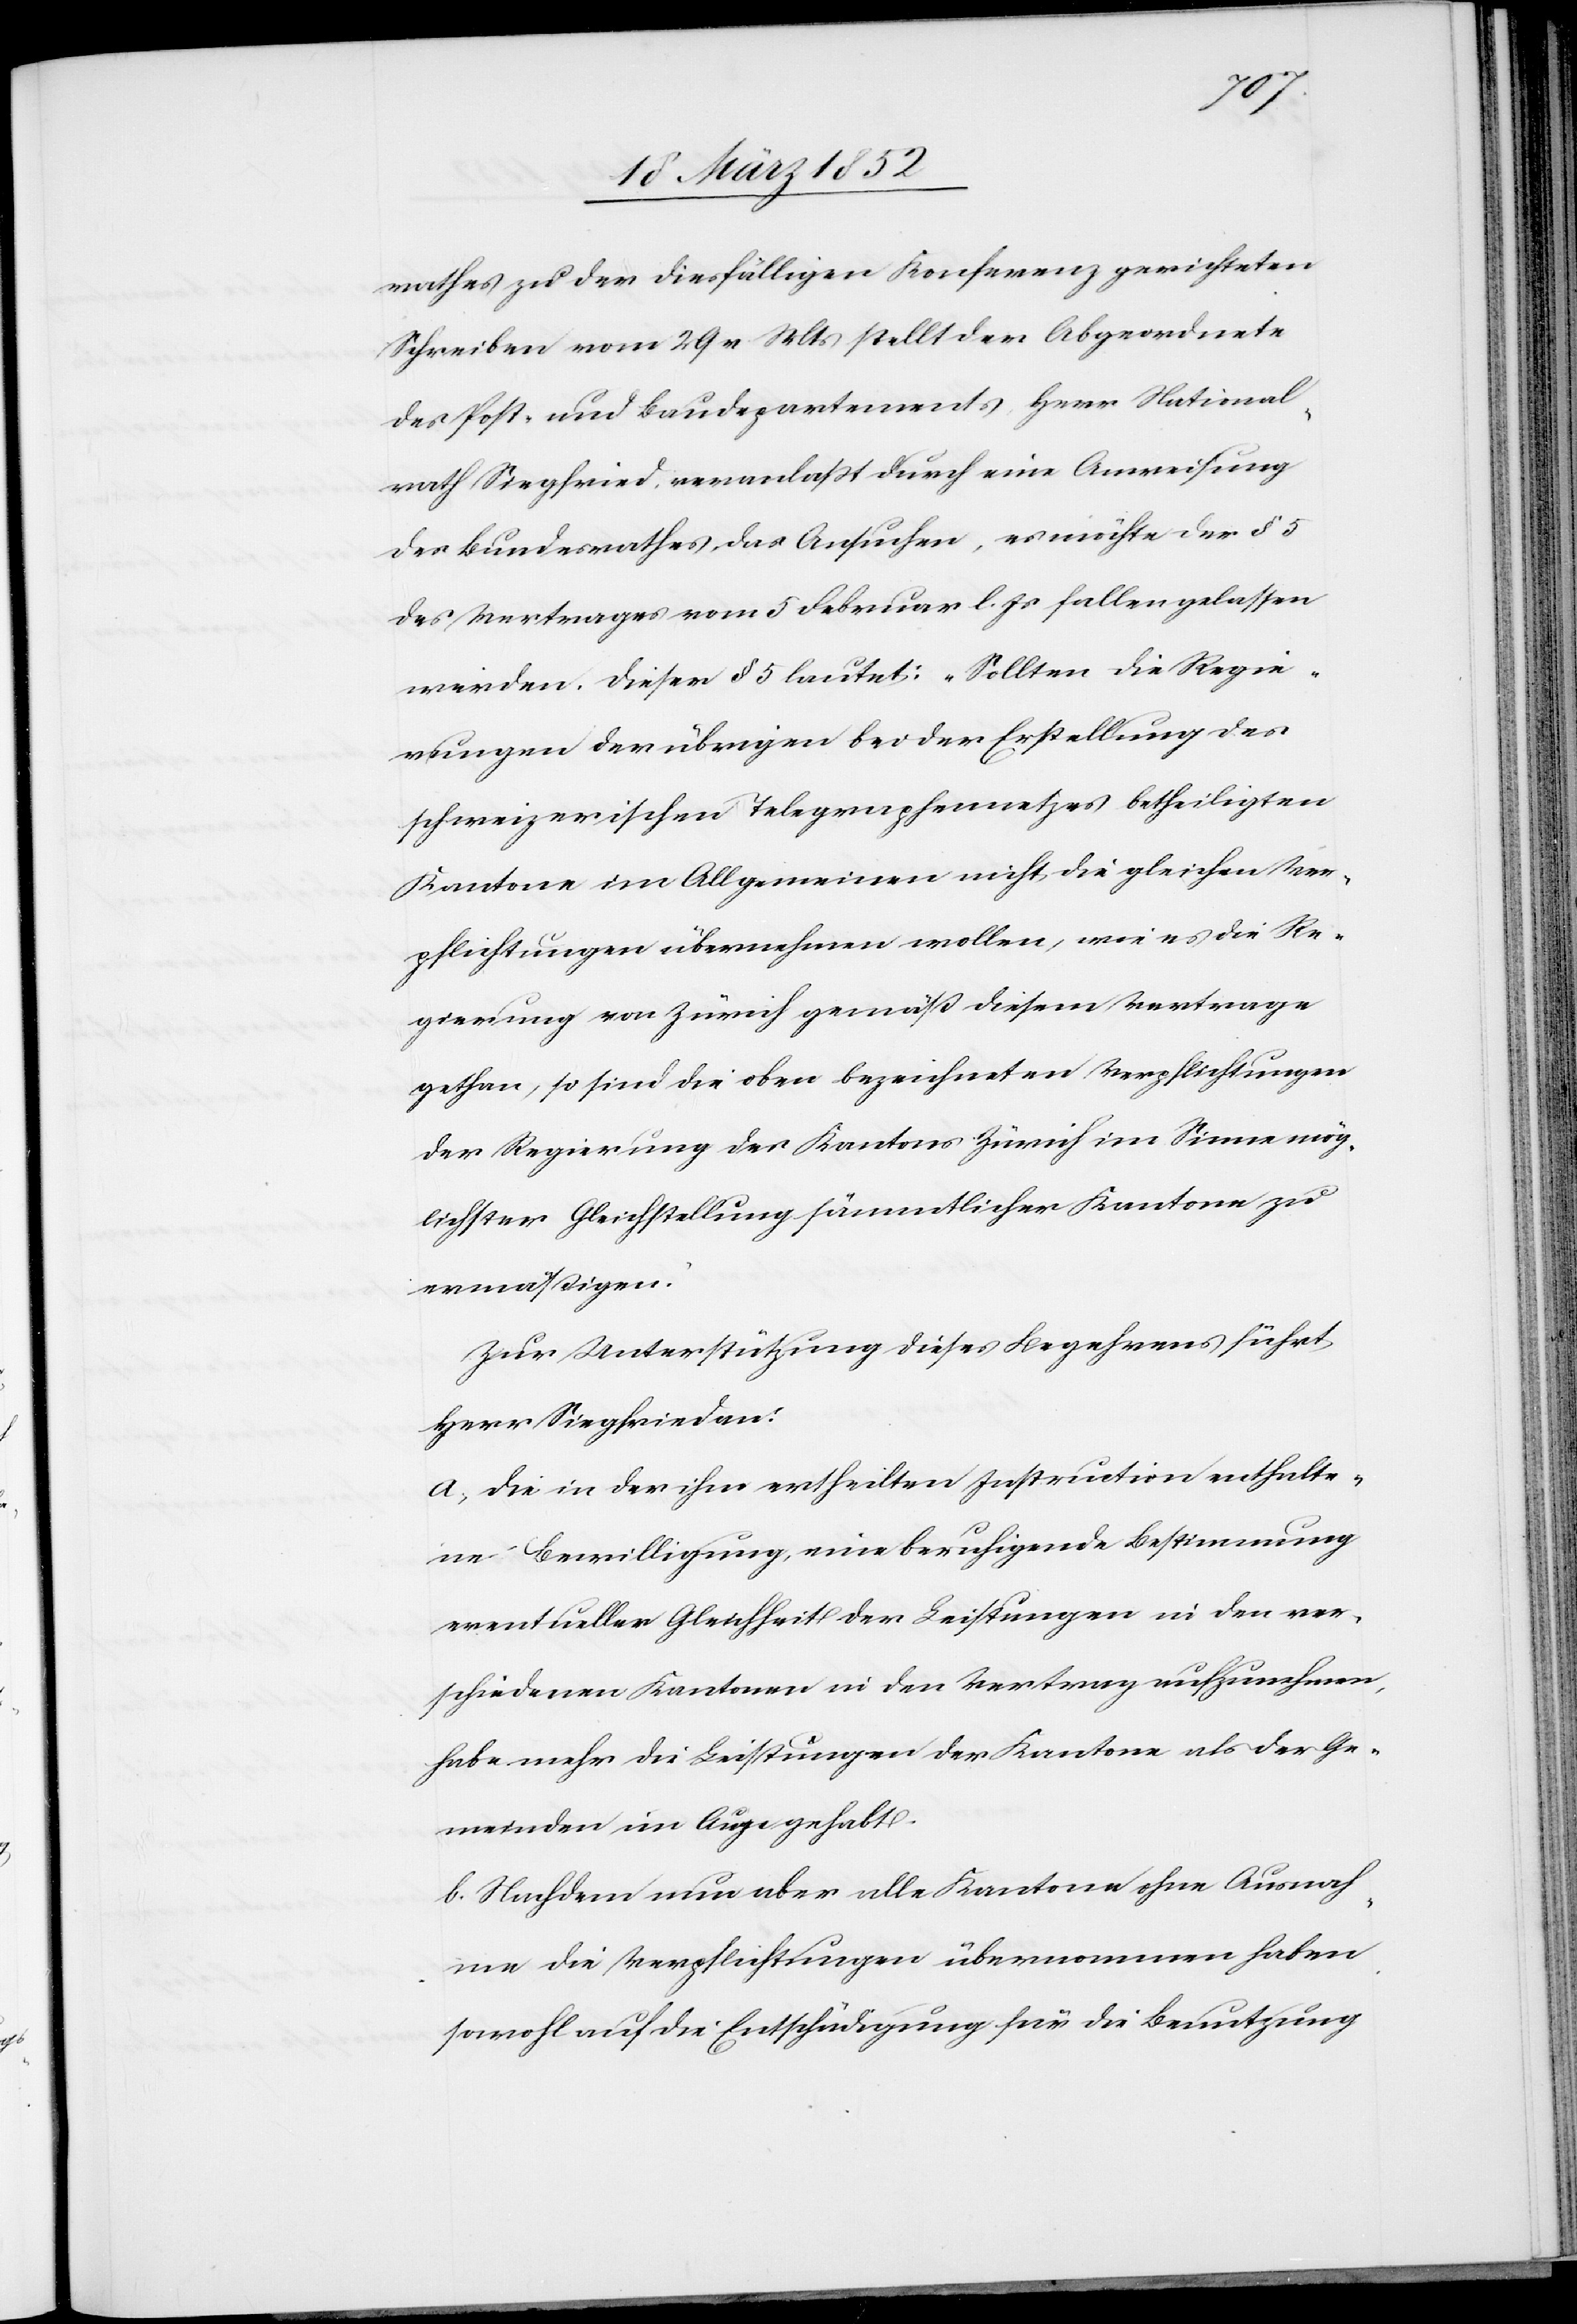
rathes zu der diesfälligen Konferenz gerichteten
Schreiben vom 29 v Mts stellt der Abgeordnete
des Post- und Baudepartements, Herr National¬
rath Siegfried, veranlaßt durch eine Anweisung
des Bundesrathes das Ansuchen, es möchte der § 5
des Vertrages vom 5 Februar l. Js fallen gelassen
werden. Dieser § 5 lautet: „Sollten die Regie¬
rungen der übrigen bei der Erstellung des
schweizerischen Telegraphennetzes betheiligten
Kantone im Allgemeinen nicht die gleichen Ver¬
pflichtungen übernehmen wollen, wie es die Re¬
gierung von Zürich gemäß diesem Vertrage
gethan, so sind die oben bezeichneten Verpflichtungen
der Regierung des Kantons Zürich im Sinne mög¬
lichster Gleichstellung sämmtlicher Kantone zu
ermäßigen.
Zur Unterstützung dieses Begehrens führt
Herr Siegfried an:
a. Die in der ihm ertheilten Instruction enthalte¬
ne Bewilligung, eine beruhigende Bestimmung
eventueller Gleichheit der Leistungen in den ver¬
schiedenen Kantonen in den Vertrag aufzunehmen,
habe mehr die Leistungen der Kantone als der Ge¬
meinden im Auge gehabt.
b. Nachdem nun aber alle Kantone ohne Ausnah¬
me die Verpflichtungen übernommen haben,
sowohl auf die Entschädigung für die Benutzung